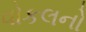
વોકલનો